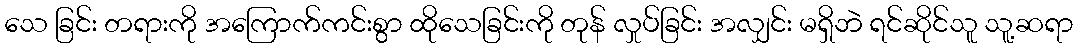
သေ ခြင်း တရားကို အကြောက်ကင်းစွာ ထိုသေခြင်းကို တုန် လှုပ်ခြင်း အလျှင်း မရှိဘဲ ရင်ဆိုင်သူ သူ့ဆရာ